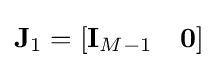
\mathbf {J} _{1}=[\mathbf {I} _{M-1}\quad \mathbf {0} ]